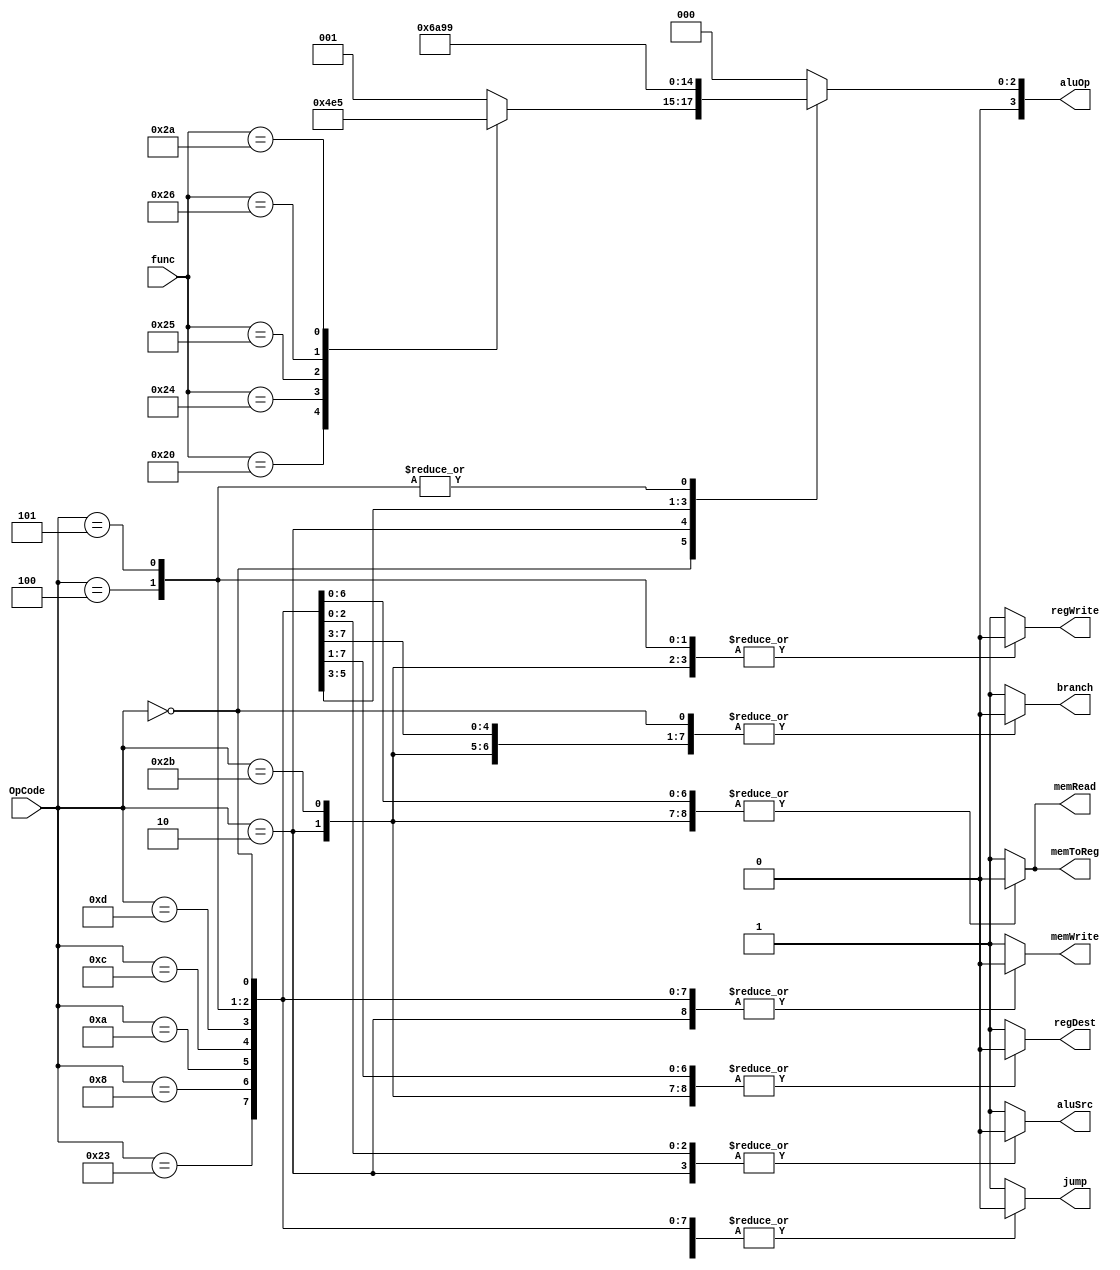
module ControlUnit (input [5:0] OpCode,func,output reg [3:0] aluOp,output reg memToReg,jump,branch,memRead,memWrite,aluSrc,regWrite,regDest);

always @(OpCode,func) begin
	 case (OpCode)

	  6'b000000:	//R-TYPE
	 	begin	
		regDest = 1;  
		memToReg = 0;  
		jump = 0;  
		branch = 0;  
		memRead = 0;  
		memWrite = 0;  
		aluSrc = 0;  
		regWrite = 1;
		case (func)
		  	6'b100000 : aluOp = 4'b0000; //ADD
		  	6'b100010 : aluOp = 4'b0001; //SUB
		  	6'b100100 : aluOp = 4'b0010; //AND
		  	6'b100101 : aluOp = 4'b0011; //OR
		  	6'b100110 : aluOp = 4'b0100; //XOR
		  	6'b101010 : aluOp = 4'b0101; //SLT
		  	default : aluOp = 4'b0001;
		endcase  
		end

		6'b000010:	//JUMP
		begin
			regDest = 0;  
			memToReg = 0;  
			aluOp = 4'b0110;  
			jump = 1;  
			branch = 0;  
			memRead = 0;  
			memWrite = 0;  
			aluSrc = 0;  
			regWrite = 0;  
		end

		6'b101011:	//SW
		begin
			regDest = 0;  
			memToReg = 0;  
			aluOp = 4'b0000;  
			jump = 0;  
			branch = 0;  
			memRead = 0;  
			memWrite = 1;  
			aluSrc = 1;  
			regWrite = 0; 
		end

		6'b100011:	//LW
		begin 
			regDest = 0;  
			memToReg = 1;  
			aluOp = 4'b0000;  
			jump = 0;  
			branch = 0;  
			memRead = 1;  
			memWrite = 0;  
			aluSrc = 1;  
			regWrite = 1;
		end

		 6'b001000:	//ADDI
		begin 
			regDest = 0;  
			memToReg = 0;  
			aluOp = 4'b0000;  
			jump = 0;  
			branch = 0;  
			memRead = 0;  
			memWrite = 0;  
			aluSrc = 1;  
			regWrite = 1;
		end

		6'b001010:	//SLTI
		begin 
			regDest = 0;  
			memToReg = 0;  
			aluOp = 4'b0101;  
			jump = 0;  
			branch =0;  
			memRead = 0;  
			memWrite = 0;  
			aluSrc = 1;  
			regWrite = 1;
		end

		6'b001100:	//ANDI
		begin
			regDest = 0;  
			memToReg = 0;  
			aluOp = 4'b0010;  
			jump = 0;  
			branch = 0;  
			memRead = 0;  
			memWrite = 0;  
			aluSrc = 1;  
			regWrite = 1;
		end

	  6'b001101:	//ORI
		begin 
			regDest = 1'b0;  
			memToReg = 1'b0;  
			aluOp = 4'b0011;  
			jump = 1'b0;  
			branch = 1'b0;  
			memRead = 1'b0;  
			memWrite = 1'b0;  
			aluSrc = 1'b1;  
			regWrite = 1'b1;
		end

		6'b000100:	//BEQ
		begin 
			regDest = 1'b0;  
			memToReg = 1'b0;  
			aluOp = 4'b0001;  
			jump = 1'b0;  
			branch = 1'b1;  
			memRead = 1'b0;  
			memWrite = 1'b0;  
			aluSrc = 1'b0;  
			regWrite = 1'b0;  
		end

		6'b000101:	//BNE
		begin
			regDest = 1'b0;  
			memToReg = 1'b0;  
			aluOp = 4'b0001;  
			jump = 1'b0;  
			branch = 1'b1;  
			memRead = 1'b0;  
			memWrite = 1'b0;  
			aluSrc = 1'b0;  
			regWrite = 1'b0;   
		end
		default:
		begin
		regDest = 1;  
		memToReg = 1;  
		jump = 1;  
		branch = 1;  
		memRead = 1;  
		memWrite = 1;  
		aluSrc = 1;  
		regWrite = 1;
		aluOp= 4'b0000;
		end
	 endcase
end // always @(OpCode, func)

endmodule